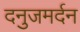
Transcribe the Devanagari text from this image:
दनुजमर्दन